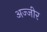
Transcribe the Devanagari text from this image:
अज्जीर